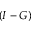
\left( I - G \right)